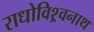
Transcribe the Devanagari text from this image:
राधोविश्र्वनाथ